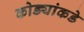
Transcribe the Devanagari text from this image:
कोड्यांकडे